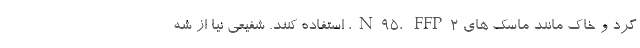
گرد و خاک مانند ماسک های N95، FFP2، استفاده کنند. شفیعی نیا از شه